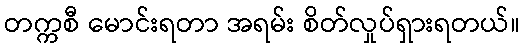
တက္ကစီ မောင်းရတာ အရမ်း စိတ်လှုပ်ရှားရတယ်။